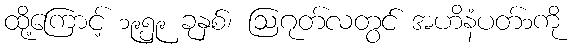
ထို့ကြောင့် ၁၉၅၉ ခုနှစ်၊ ဩဂုတ်လတွင် အဟိနံပတ်၁ကို